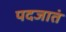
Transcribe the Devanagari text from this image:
पदजातं